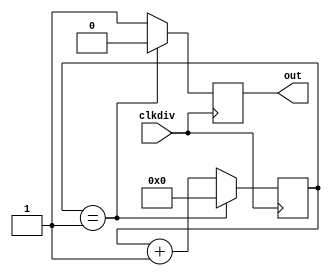
// 8 bit counter for Baud Rate Generator of UART

module counter_8bit #(parameter limit = 2)
(input clkdiv,
 output reg out);

reg [7:0]k=8'd0;

always @ (posedge clkdiv)
begin
	if (k == (limit-1))
	begin
		k <= 0;
		out <= 0;
	end
	else
	begin
		k <= k+1;
		out <= 1;
	end
end
endmodule